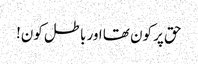
حق پر کون تھا اور باطل کون!